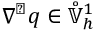
\nabla ^ { \perp } q \in \mathring { \mathbb { V } } _ { h } ^ { 1 }